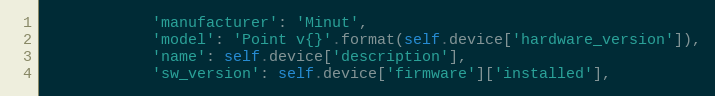
Language: Python
            'manufacturer': 'Minut',
            'model': 'Point v{}'.format(self.device['hardware_version']),
            'name': self.device['description'],
            'sw_version': self.device['firmware']['installed'],